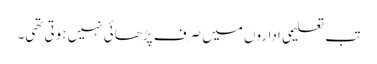
تب تعلیمی اداروں میں صرف پڑھائی نہیں ہوتی تھی۔